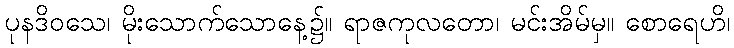
ပုနဒိဝသေ၊ မိုးသောက်သောနေ့၌။ ရာဇကုလတော၊ မင်းအိမ်မှ။ စောရေဟိ၊